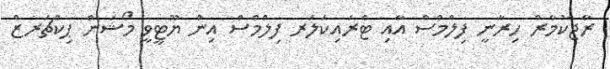
ރާޖްކުމާރް ހިރާނީ ފިލްމްސް އާއި ޓްރައިކަލަރ ފިލްމްސް އިން ޔޫޓީވީ މޯޝަން ޕިކްޗަރޒް